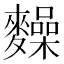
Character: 𪍽